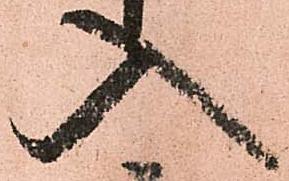
入